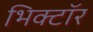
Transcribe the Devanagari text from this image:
भिक्टॉर